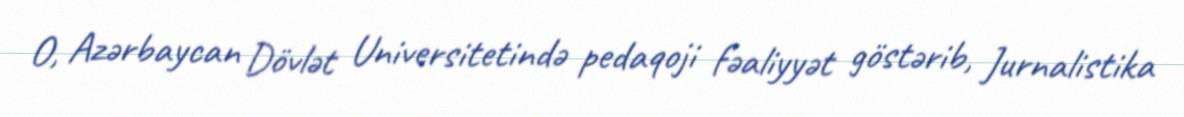
O, Azərbaycan Dövlət Universitetində pedaqoji fəaliyyət göstərib, Jurnalistika